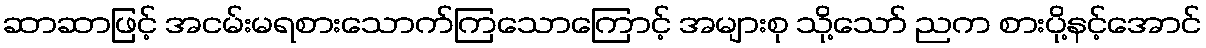
ဆာဆာဖြင့် အငမ်းမရစားသောက်ကြသောကြောင့် အများစု သို့သော် ညက စားပို့နင့်အောင်